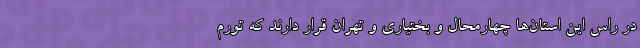
در راس این استان‌ها چهارمحال و بختیاری و تهران قرار دارند که تورم